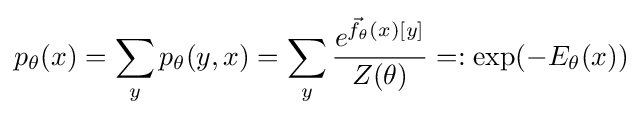
p_{\theta }(x)=\sum _{y}p_{\theta }(y,x)=\sum _{y}{\frac {e^{{\vec {f}}_{\theta }(x)[y]}}{Z(\theta )}}=:\exp(-E_{\theta }(x))